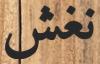
نغش